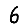
Digit: 6